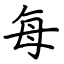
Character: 每